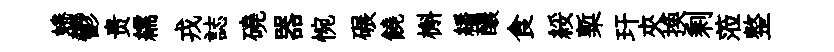
蜷鬱贵繻戎誌磽器惋碾饒槲繙醲食綏槧玕夾换剩蒞整